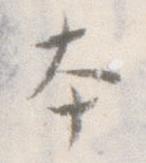
本